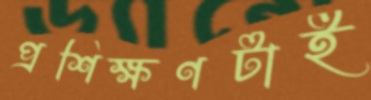
প্রশিক্ষণটাই